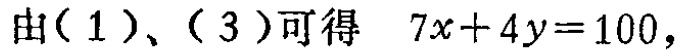
由(1)、(3)可得 \(7x + 4y = 100\)，